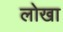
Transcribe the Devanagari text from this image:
लोखा